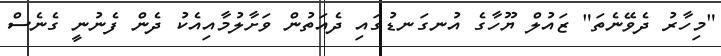
"މިހާރު ދެވޭނެތަ" ޒައުލް ޔޫހާގެ އުނގަނޑުގައި ދެއަތުން ވަށާލުމާއިއެކު ދެން ފެނުނީ ގެނެސް